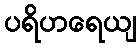
ပရိဟရေယျ